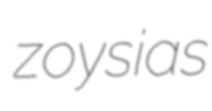
zoysias